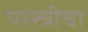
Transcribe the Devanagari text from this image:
परस्त्रीचा